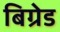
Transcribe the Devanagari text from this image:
बिग्रेड